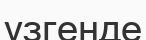
үзгенде